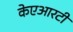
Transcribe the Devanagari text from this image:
केएआरटी